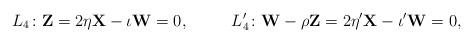
LaTeX: \begin{align*} &L_4\colon \mathbf{Z}=2 \eta \mathbf{X} - \iota \mathbf{W}=0 , &L'_4\colon \mathbf{W} - \rho \mathbf{Z}=2 \eta' \mathbf{X} - \iota' \mathbf{W}=0 ,\end{align*}